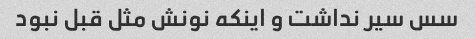
سس سیر نداشت و اینکه نونش مثل قبل نبود